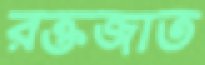
রক্তজাত